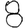
Digit: 8